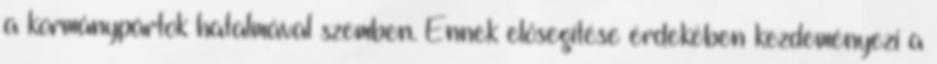
a kormánypártok hatalmával szemben. Ennek elősegítése érdekében kezdeményezi a